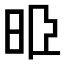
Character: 𣆜